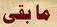
مابقى